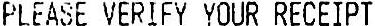
PLEASE VERIFY YOUR RECEIPT